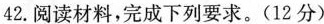
42.阅读材料，完成下列要求。(12分)